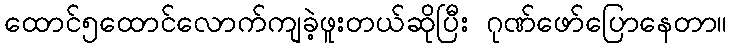
ထောင်၅ထောင်လောက်ကျခဲ့ဖူးတယ်ဆိုပြီး ဂုဏ်ဖော်ပြောနေတာ။